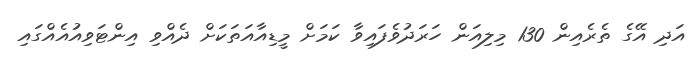
އަދި އޭގެ ތެރެއިން 130 މިލިއަން ހަރަދުވެފައިވާ ކަމަށް މީޑިއާއަތަކަށް ދެއްވި އިންޓަވިއުއެއްގައި